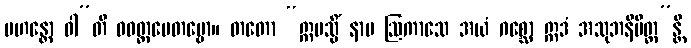
မဟန္တော ဝါ”တိ ဝဝတ္ထပေတဗ္ဗော။ တတော “ဣမသ္မိံ နာမ ဩကာသေ အယံ ဂစ္ဆော ဣဒံ အသုဘနိမိတ္တ”န္တိ